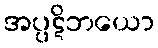
အပ္ပဋိဘယော